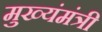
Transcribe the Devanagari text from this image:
मुख्यंमंत्री